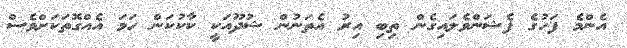
އެންމެ ފަހުގެ ފެޝަންވެލައިގެން ތިބި އިރު އެތަނުން ޝުދޫއަކީ ކާކުކަން ހަމަ އެއްގޮތަކަށްވެސް